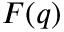
F ( q )